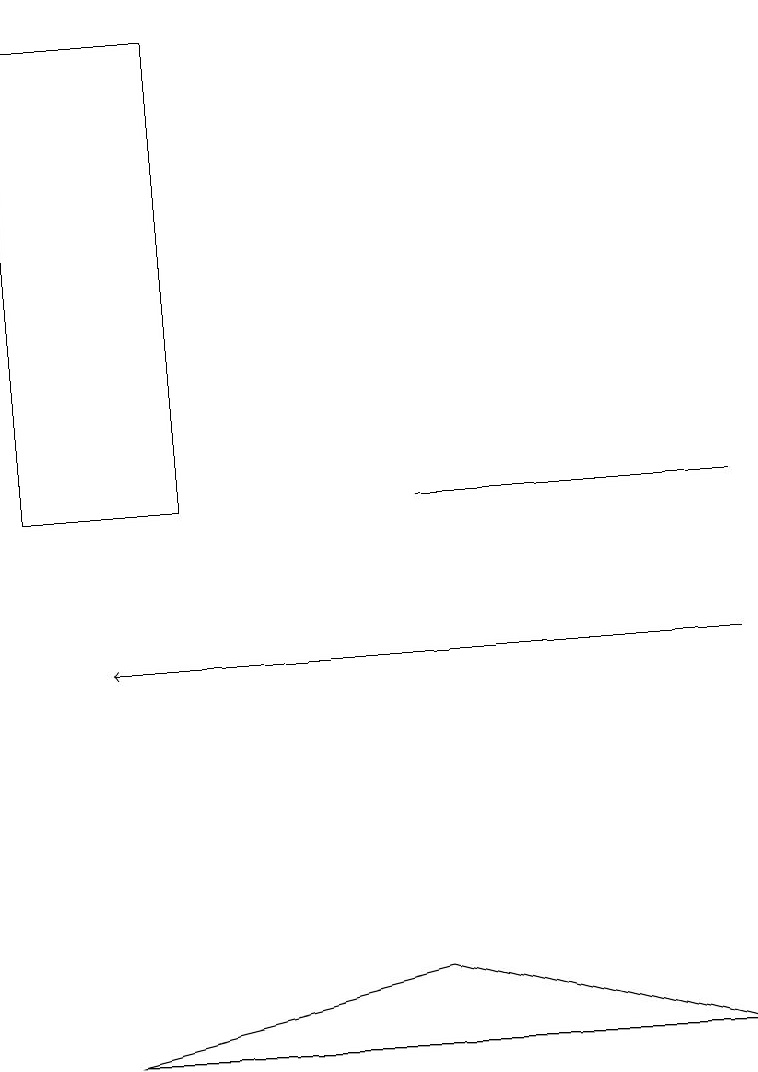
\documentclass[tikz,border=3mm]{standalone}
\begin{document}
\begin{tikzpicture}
\draw (0,13) rectangle (2,19);
\draw[->] (9,11) -- (1,11);
\draw (5,13) rectangle (9,13);
\draw (1,6) -- (5,7) -- (9,6) -- cycle;
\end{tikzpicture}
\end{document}